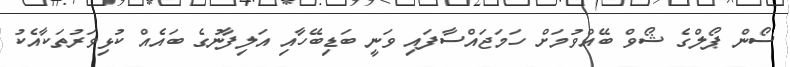
ސޯން ޕޯލްގެ ޝޯވް ބޭއްވުމަށް ހަމަޖައްސާފައި ވަނީ ބަޑިބޭހާއި އަލިފާނުގެ ބައެއް ކުޅިވަރުތަކާއެކު